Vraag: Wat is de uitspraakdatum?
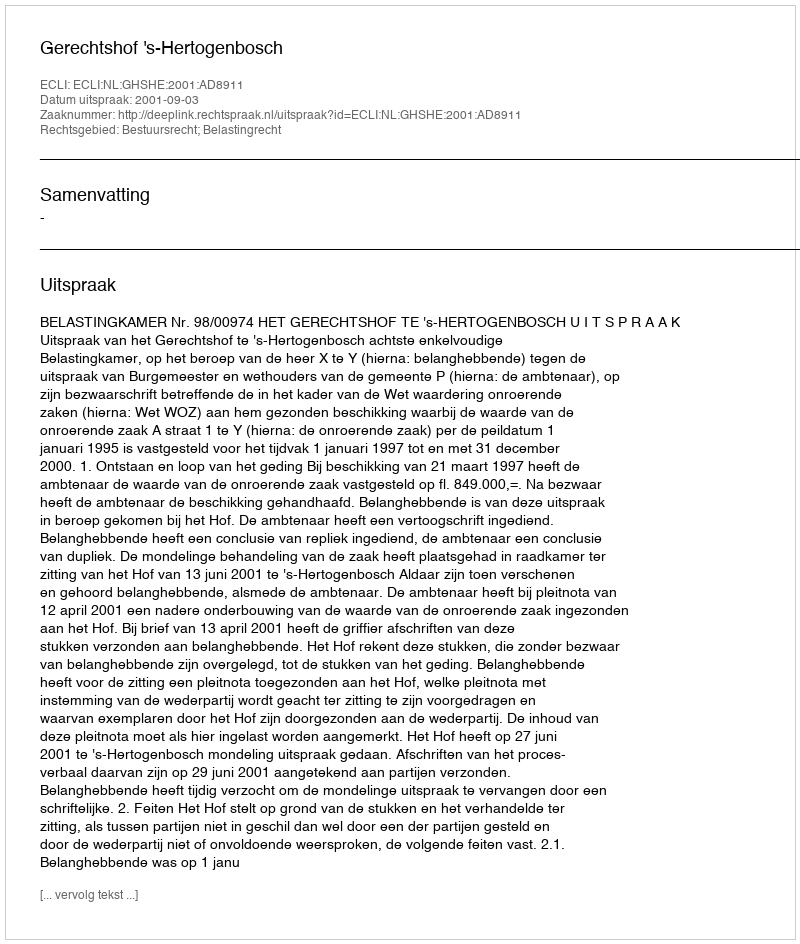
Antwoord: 2001-09-03